Report of the King Institute of Preventive Medicine, Guindy
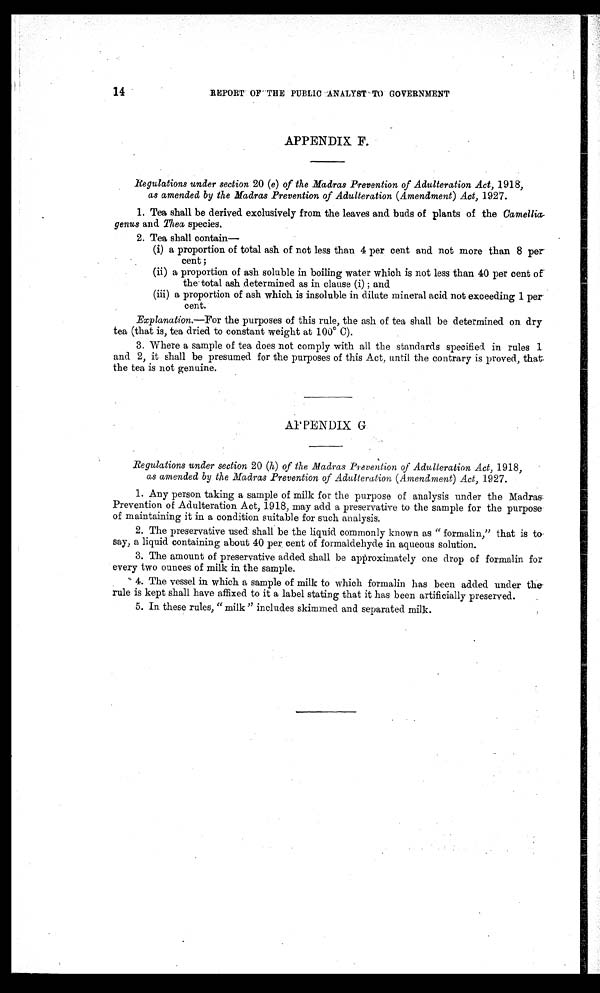
14
REPORT OF THE PUBLIC ANALYST TO GOVERNMENT
APPENDIX F.
Regulations under section 20 (e) of the Madras Prevention of Adulteration Act, 1918,
as amended by the Madras Prevention of Adulteration (Amendment) Act, 1927.
1. Tea shall be derived exclusively from the leaves and buds of plants of the Camellia
-genus and Thea species.
2. Tea shall contain—
(i) a proportion of total ash of not less than 4 per cent and not more than 8 per
cent;
(ii) a proportion of ash soluble in boiling water which is not less than 40 per cent of
the total ash determined as in clause (i); and
(iii) a proportion of ash which is insoluble in dilute mineral acid not exceeding 1 per
cent.
Explanation.—For the purposes of this rule, the ash of tea shall be determined on dry
tea (that is, tea dried to constant weight at 100° C).
3. Where a sample of tea does not comply with all the standards specified in rules 1
and 2, it shall be presumed for the purposes of this Act, until the contrary is proved, that
the tea is not genuine.
APPENDIX G
Regulations under section 20 (h) of the Madras Prevention of Adulteration Act, 1918,
as amended by the Madras Prevention of Adulteration ( Amendment) Act, 1927.
1. Any person taking a sample of milk for the purpose of analysis under the Madras
Prevention of Adulteration Act, 1918, may add a preservative to the sample for the purpose
of maintaining it in a condition suitable for such analysis.
2. The preservative used shall be the liquid commonly known as "formalin," that is to
say, a liquid containing about 40 per cent of formaldehyde in aqueous solution.
3. The amount of preservative added shall be approximately one drop of formalin for
every two ounces of milk in the sample.
4. The vessel in which a sample of milk to which formalin has been added under the
rule is kept shall have affixed to it a label stating that it has been artificially preserved.
5. In these rules, "milk" includes skimmed and separated milk.